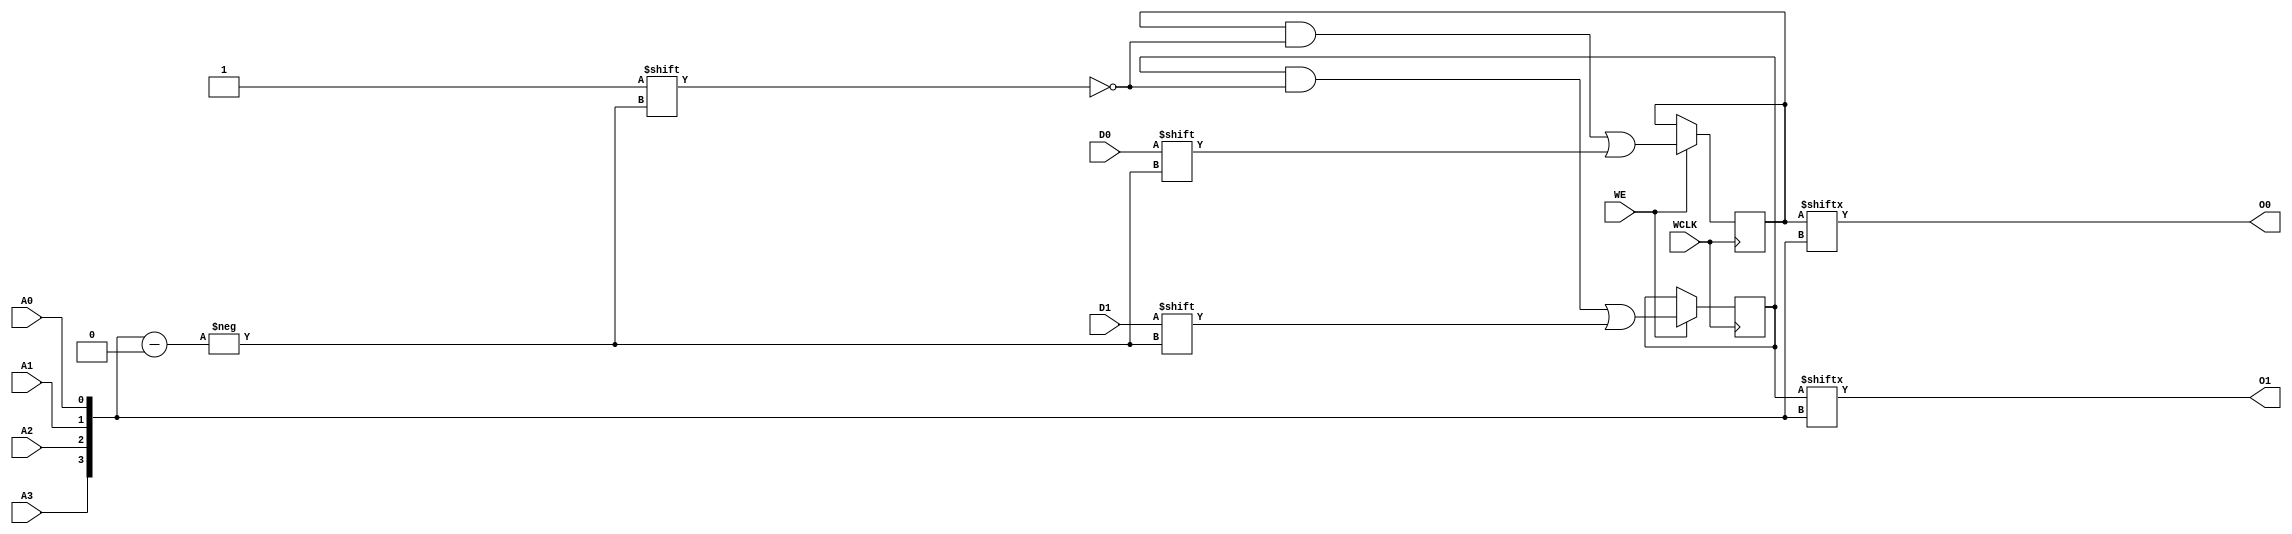
// $Header: /devl/xcs/repo/env/Databases/CAEInterfaces/verunilibs/data/unisims/RAM16X2S.v,v 1.8 2005/03/14 22:32:58 yanx Exp $
///////////////////////////////////////////////////////////////////////////////
// Copyright (c) 1995/2004 Xilinx, Inc.
// All Right Reserved.
///////////////////////////////////////////////////////////////////////////////
//   ____  ____
//  /   /\/   /
// /___/  \  /    Vendor : Xilinx
// \   \   \/     Version : 10.1
//  \   \         Description : Xilinx Functional Simulation Library Component
//  /   /                  Static Synchronous RAM 16-Deep by 2-Wide
// /___/   /\     Filename : RAM16X2S.v
// \   \  /  \    Timestamp : Thu Mar 25 16:43:33 PST 2004
//  \___\/\___\
//
// Revision:
//    03/23/04 - Initial version.
//    02/04/05 - Rev 0.0.1 Remove input/output bufs; Remove for-loop in initial block;
// End Revision

`timescale  1 ps / 1 ps


module RAM16X2S (O0, O1, A0, A1, A2, A3, D0, D1, WCLK, WE);

    parameter INIT_00 = 16'h0000;
    parameter INIT_01 = 16'h0000;

    output O0, O1;

    input  A0, A1, A2, A3, D0, D1, WCLK, WE;

    reg  [15:0] mem1;
    reg  [15:0] mem2;

    wire [3:0] adr;

    assign adr = {A3, A2, A1, A0};
    assign O0 = mem1[adr];
    assign O1 = mem2[adr];

    initial  begin
        mem1 = INIT_00;
        mem2 = INIT_01;
    end

    always @(posedge WCLK) 
        if (WE == 1'b1) begin
            mem1[adr] <= #100 D0;
            mem2[adr] <= #100 D1;
        end

endmodule